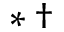
^ Ḋ * \dag Ḍ